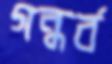
গন্ধর্ব